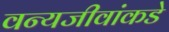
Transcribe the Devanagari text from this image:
वन्यजीवांकडे